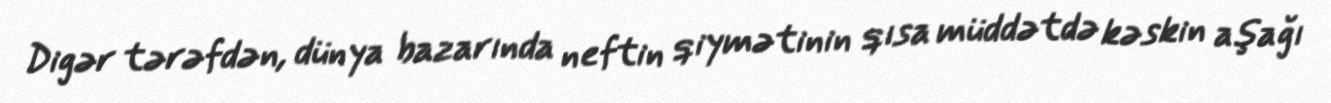
Digər tərəfdən, dünya bazarında neftin qiymətinin qısa müddətdə kəskin aşağı